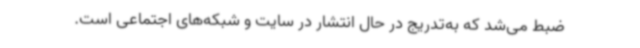
ضبط می‌شد که به‌تدریج در حال انتشار در سایت و شبکه‌های اجتماعی است.